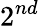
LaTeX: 2^{nd}